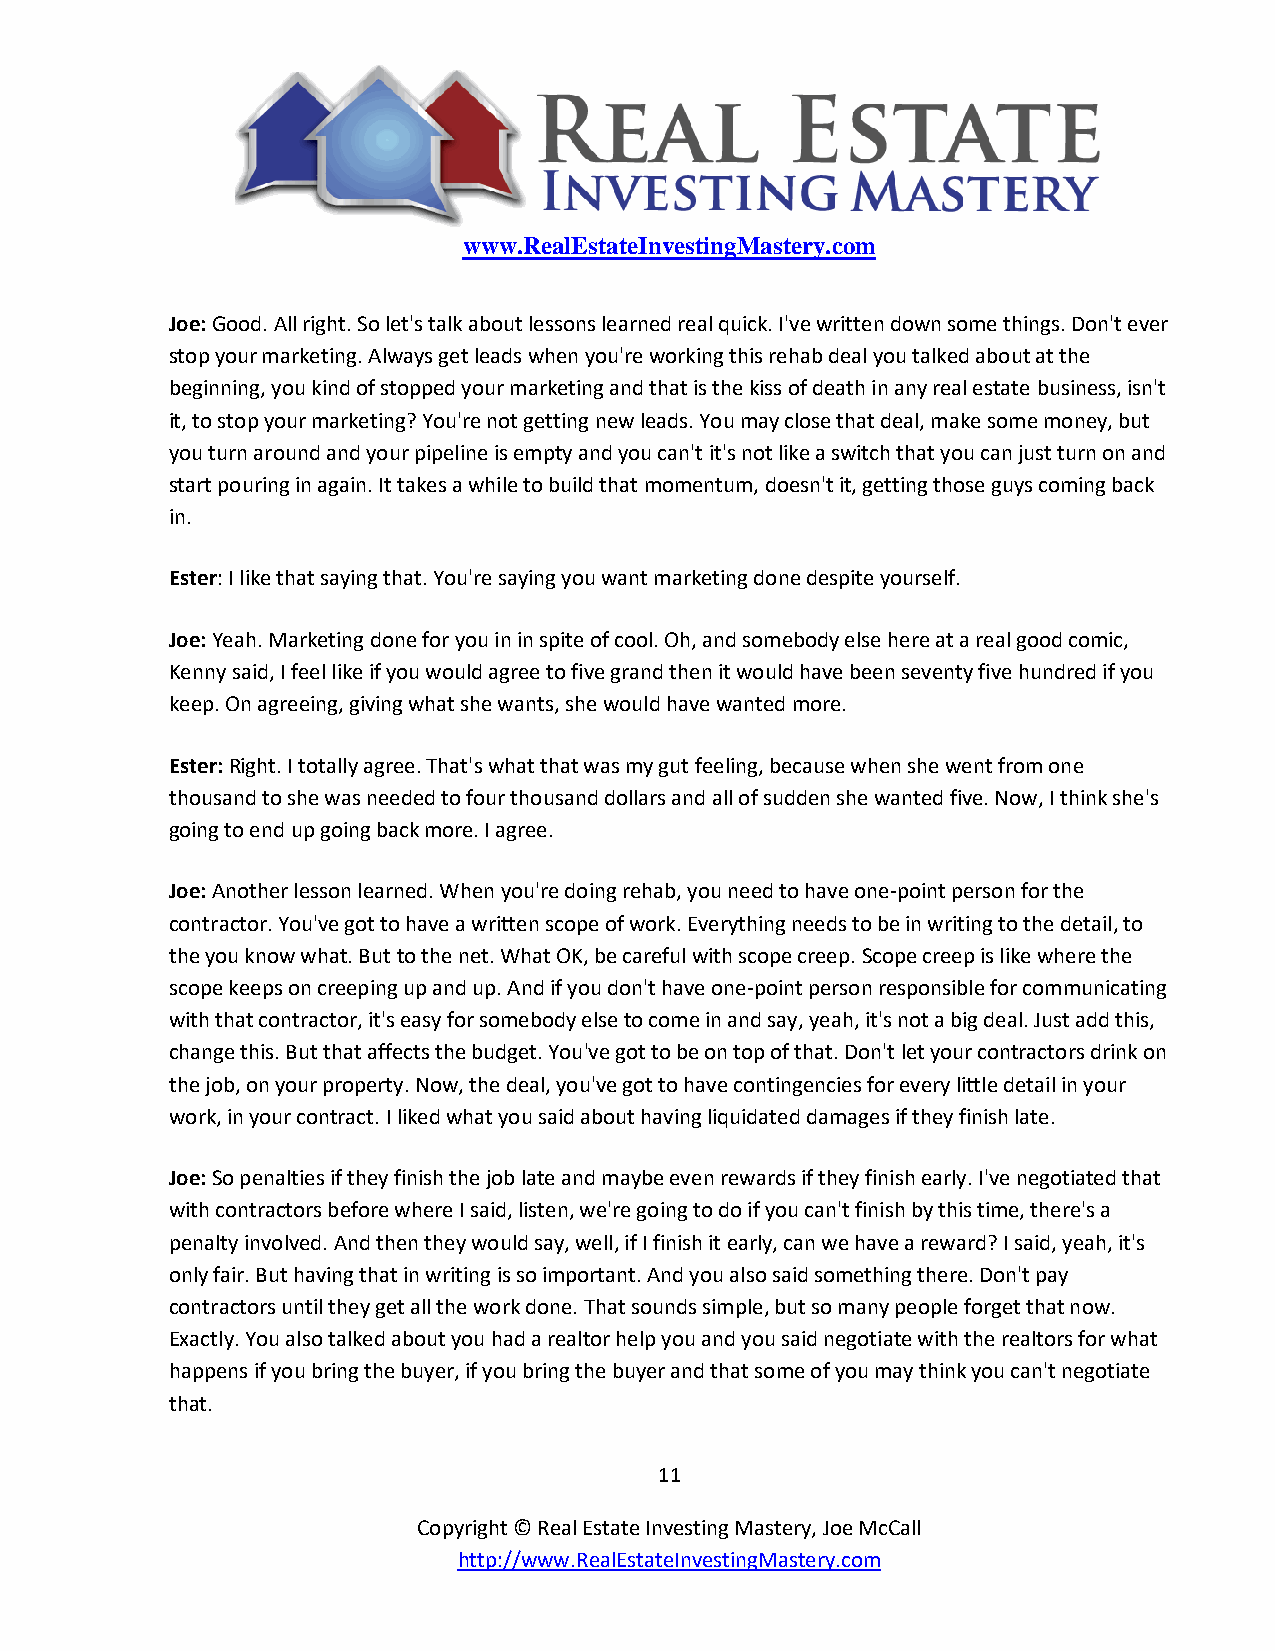
www.RealEstateInvestingMastery.com
 Joe: Good. All right. So let's talk about lessons learned real quick. I've written down some things. Don't ever
 stop your marketing. Always get leads when you're working this rehab deal you talked about at the
 beginning, you kind of stopped your marketing and that is the kiss of death in any real estate business, isn't
 it, to stop your marketing? You're not getting new leads. You may close that deal, make some money, but
 you turn around and your pipeline is empty and you can't it's not like a switch that you can just turn on and
 start pouring in again. It takes a while to build that momentum, doesn't it, getting those guys coming back
 in.
 Ester: I like that saying that. You're saying you want marketing done despite yourself.
 Joe: Yeah. Marketing done for you in in spite of cool. Oh, and somebody else here at a real good comic,
 Kenny said, I feel like if you would agree to five grand then it would have been seventy five hundred if you
 keep. On agreeing, giving what she wants, she would have wanted more.
 Ester: Right. I totally agree. That's what that was my gut feeling, because when she went from one
 thousand to she was needed to four thousand dollars and all of sudden she wanted five. Now, I think she's
 going to end up going back more. I agree.
 Joe: Another lesson learned. When you're doing rehab, you need to have one-point person for the
 contractor. You've got to have a written scope of work. Everything needs to be in writing to the detail, to
 the you know what. But to the net. What OK, be careful with scope creep. Scope creep is like where the
 scope keeps on creeping up and up. And if you don't have one-point person responsible for communicating
 with that contractor, it's easy for somebody else to come in and say, yeah, it's not a big deal. Just add this,
 change this. But that affects the budget. You've got to be on top of that. Don't let your contractors drink on
 the job, on your property. Now, the deal, you've got to have contingencies for every little detail in your
 work, in your contract. I liked what you said about having liquidated damages if they finish late.
 Joe: So penalties if they finish the job late and maybe even rewards if they finish early. I've negotiated that
 with contractors before where I said, listen, we're going to do if you can't finish by this time, there's a
 penalty involved. And then they would say, well, if I finish it early, can we have a reward? I said, yeah, it's
 only fair. But having that in writing is so important. And you also said something there. Don't pay
 contractors until they get all the work done. That sounds simple, but so many people forget that now.
 Exactly. You also talked about you had a realtor help you and you said negotiate with the realtors for what
 happens if you bring the buyer, if you bring the buyer and that some of you may think you can't negotiate
 that.
 11
 Copyright © Real Estate Investing Mastery, Joe McCall
 http://www.RealEstateInvestingMastery.com